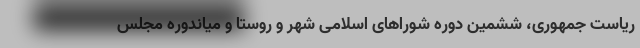
ریاست جمهوری، ششمین دوره شوراهای اسلامی شهر و روستا و میاندوره مجلس